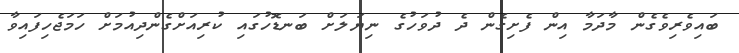
ބައިވެރިވެގެން މާދަމާ އިން ފެށިގެން ދެ ދުވަހުގެ ނިޔަލަށް ބަނޑޮހުގައި ކުރިއަށްގެންދިއުމަށް ހަމަޖެހިފައިވާ